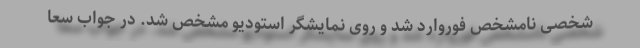
شخصی نامشخص فوروارد شد و روی نمایشگر استودیو مشخص شد. در جواب سعا